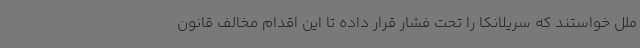
ملل خواستند که سریلانکا را تحت فشار قرار داده تا این اقدام مخالف قانون